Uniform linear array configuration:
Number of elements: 4
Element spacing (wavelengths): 1
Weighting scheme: exponential
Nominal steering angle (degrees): -30
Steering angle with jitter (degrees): -29.8
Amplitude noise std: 0.05
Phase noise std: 0.05

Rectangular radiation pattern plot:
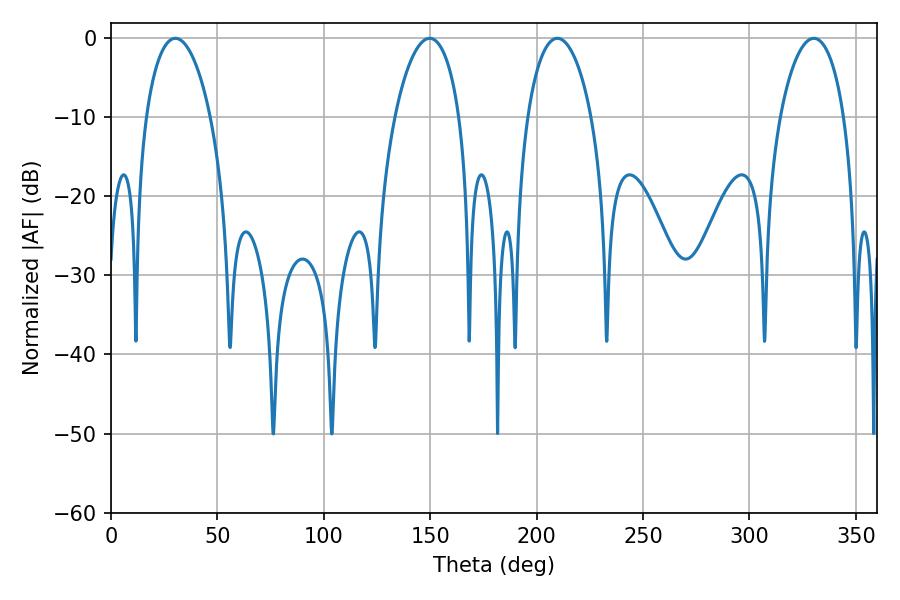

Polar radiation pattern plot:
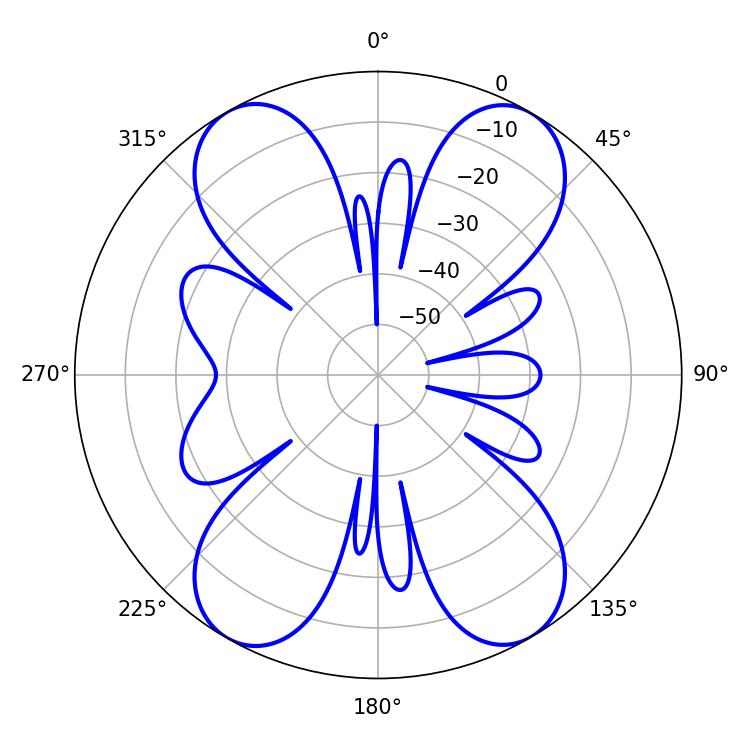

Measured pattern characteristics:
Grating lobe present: TRUE
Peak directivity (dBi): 31.046
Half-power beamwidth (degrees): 17.1
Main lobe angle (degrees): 30.24